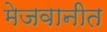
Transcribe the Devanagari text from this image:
मेजवानीत